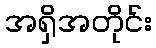
အရှိအတိုင်း